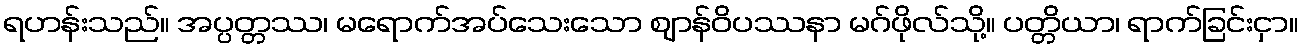
ရဟန်းသည်။ အပ္ပတ္တဿ၊ မရောက်အပ်သေးသော ဈာန်ဝိပဿနာ မဂ်ဖိုလ်သို့။ ပတ္တိယာ၊ ရာက်ခြင်းငှာ။